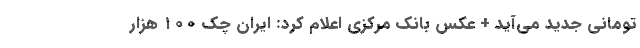
تومانی جدید می‌آید + عکس بانک مرکزی اعلام کرد: ایران چک ۱۰۰ هزار